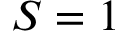
S = 1